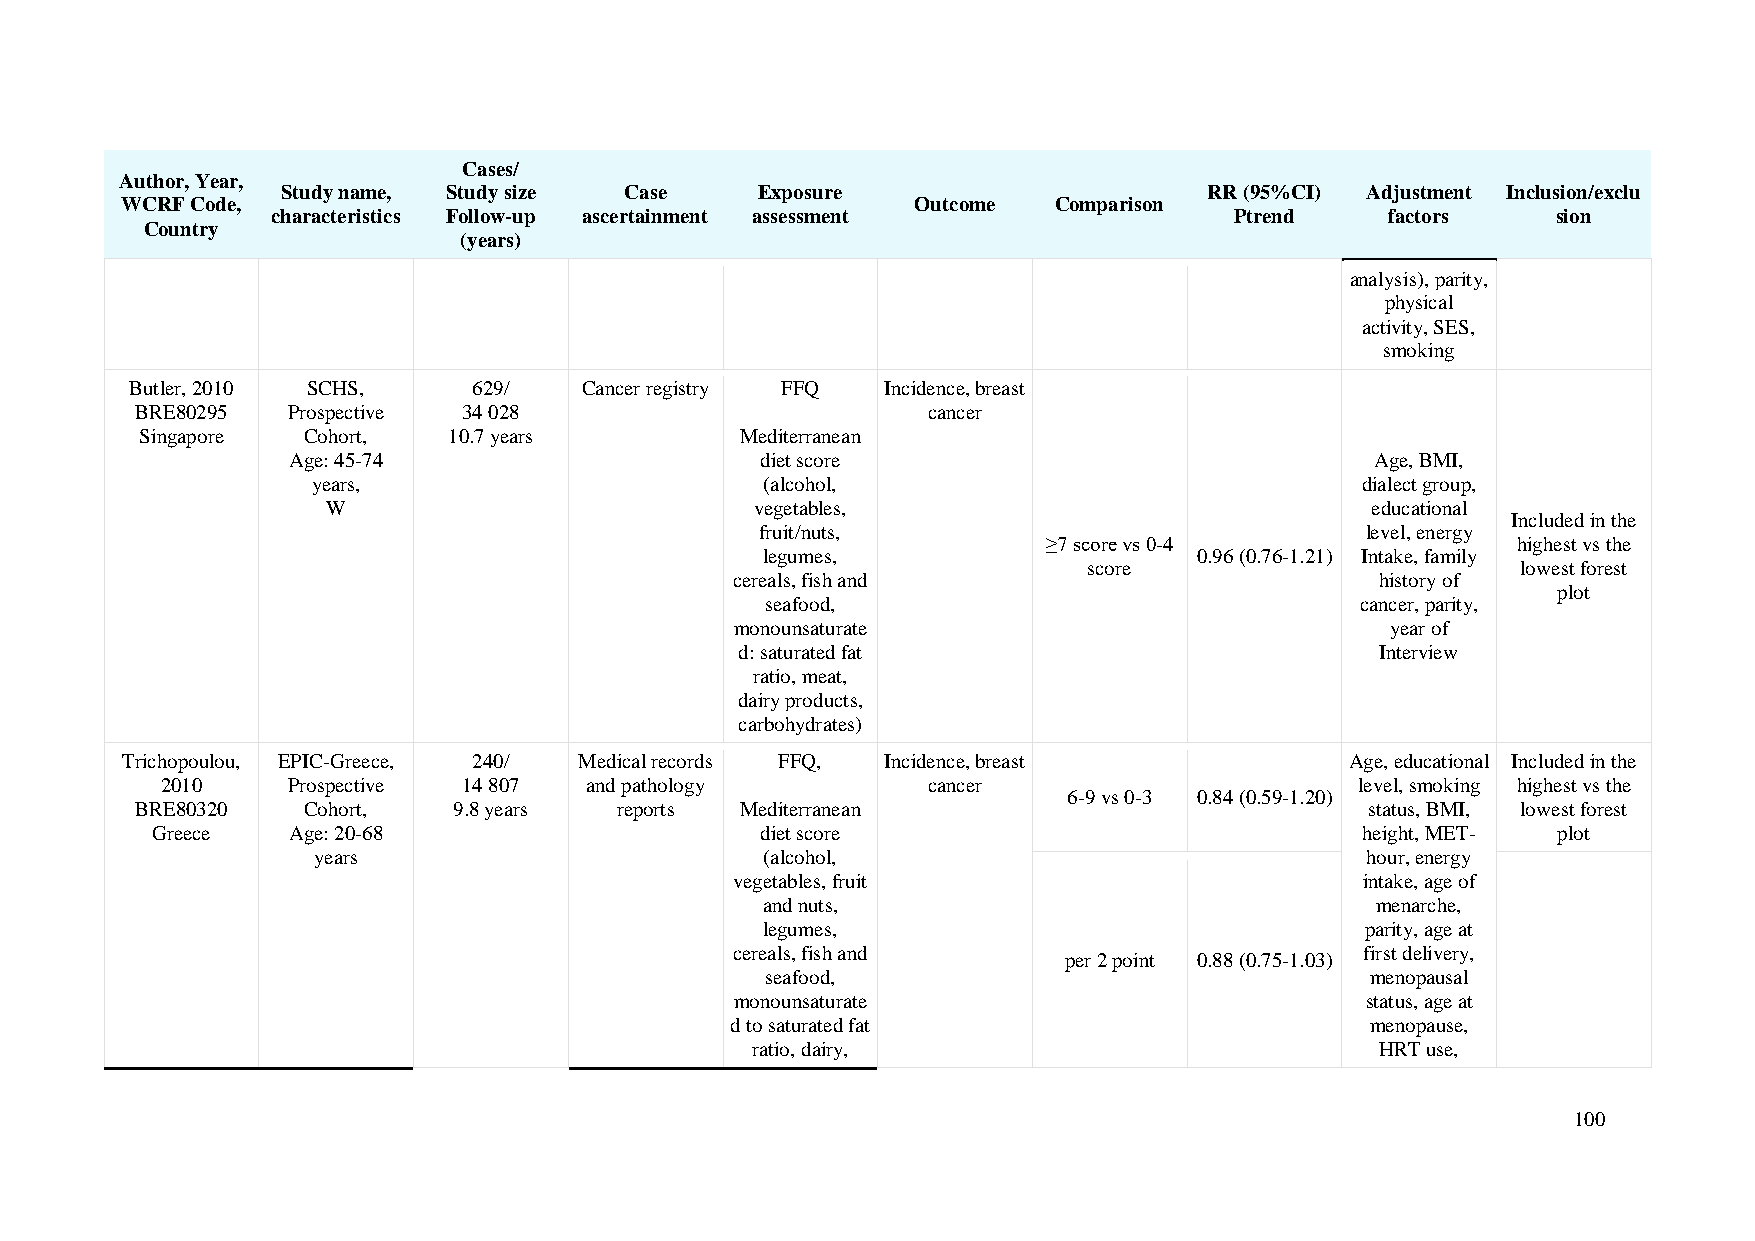
Cases/
 Author, Year,
 Study name, Study size Case    Exposure                      RR (95%CI) Adjustment Inclusion/exclu
 WCRF Code,                                           Outcome  Comparison
 characteristics Follow-up ascertainment assessment              Ptrend    factors    sion
 Country
 (years)
 analysis), parity,
 physical
 activity, SES,
 smoking
 Butler, 2010 SCHS,    629/   Cancer registry FFQ  Incidence, breast
 BRE80295  Prospective 34 028                        cancer
 Singapore  Cohort,   10.7 years         Mediterranean
 Age: 45-74                     diet score                               Age, BMI,
 years,                        (alcohol,                              dialect group,
 W                           vegetables,                              educational
 Included in the
 fruit/nuts,                             level, energy
 ≥7 score vs 0-4                highest vs the
 legumes,                     0.96 (0.76-1.21) Intake, family
 score                        lowest forest
 cereals, fish and                         history of
 plot
 seafood,                               cancer, parity,
 monounsaturate                             year of
 d: saturated fat                          Interview
 ratio, meat,
 dairy products,
 carbohydrates)
 Trichopoulou, EPIC-Greece, 240/ Medical records FFQ, Incidence, breast           Age, educational Included in the
 2010    Prospective 14 807  and pathology         cancer                       level, smoking highest vs the
 6-9 vs 0-3 0.84 (0.59-1.20)
 BRE80320   Cohort,   9.8 years  reports Mediterranean                             status, BMI, lowest forest
 Greece   Age: 20-68                     diet score                              height, MET- plot
 years                         (alcohol,                              hour, energy
 vegetables, fruit                        intake, age of
 and nuts,                                menarche,
 legumes,                                parity, age at
 cereals, fish and                        first delivery,
 per 2 point 0.88 (0.75-1.03)
 seafood,                                menopausal
 monounsaturate                           status, age at
 d to saturated fat                         menopause,
 ratio, dairy,                            HRT use,
 100